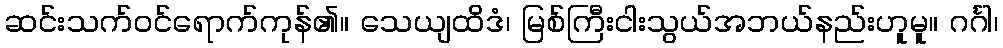
ဆင်းသက်ဝင်ရောက်ကုန်၏။ သေယျထိဒံ၊ မြစ်ကြီးငါးသွယ်အဘယ်နည်းဟူမူ။ ဂင်္ဂါ၊